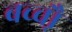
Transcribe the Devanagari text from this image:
बच्चौ़